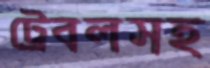
ট্রেবলসহ